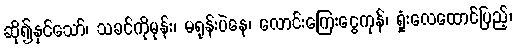
ဆို၍နှင်သော်၊ သခင်ကိုမုန်း၊ မရုန်းပဲနေ၊ လောင်းကြေးငွေကုန်၊ ရှုံးလေထောင်ပြည့်၊